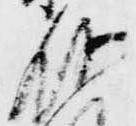
存